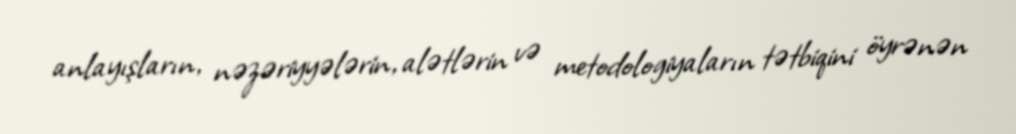
anlayışların, nəzəriyyələrin, alətlərin və metodologiyaların tətbiqini öyrənən